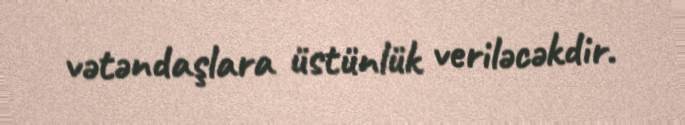
vətəndaşlara üstünlük veriləcəkdir.